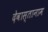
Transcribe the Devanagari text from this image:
देवास्तानाम